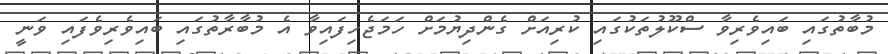
މުބާތުގައި ބައިވެރިވާ ސްކޫލުތަކުގައި ކުރިއަށް ގެންދިޔުމަށް ހަމަޖެހިފައިވާ އެ މުބާރާތުގައި ބައިވެރިވެފައި ވަނީ